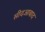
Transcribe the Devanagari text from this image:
सीदआबाद